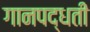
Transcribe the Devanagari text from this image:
गानपद्धती